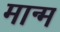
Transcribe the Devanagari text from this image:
मान्म